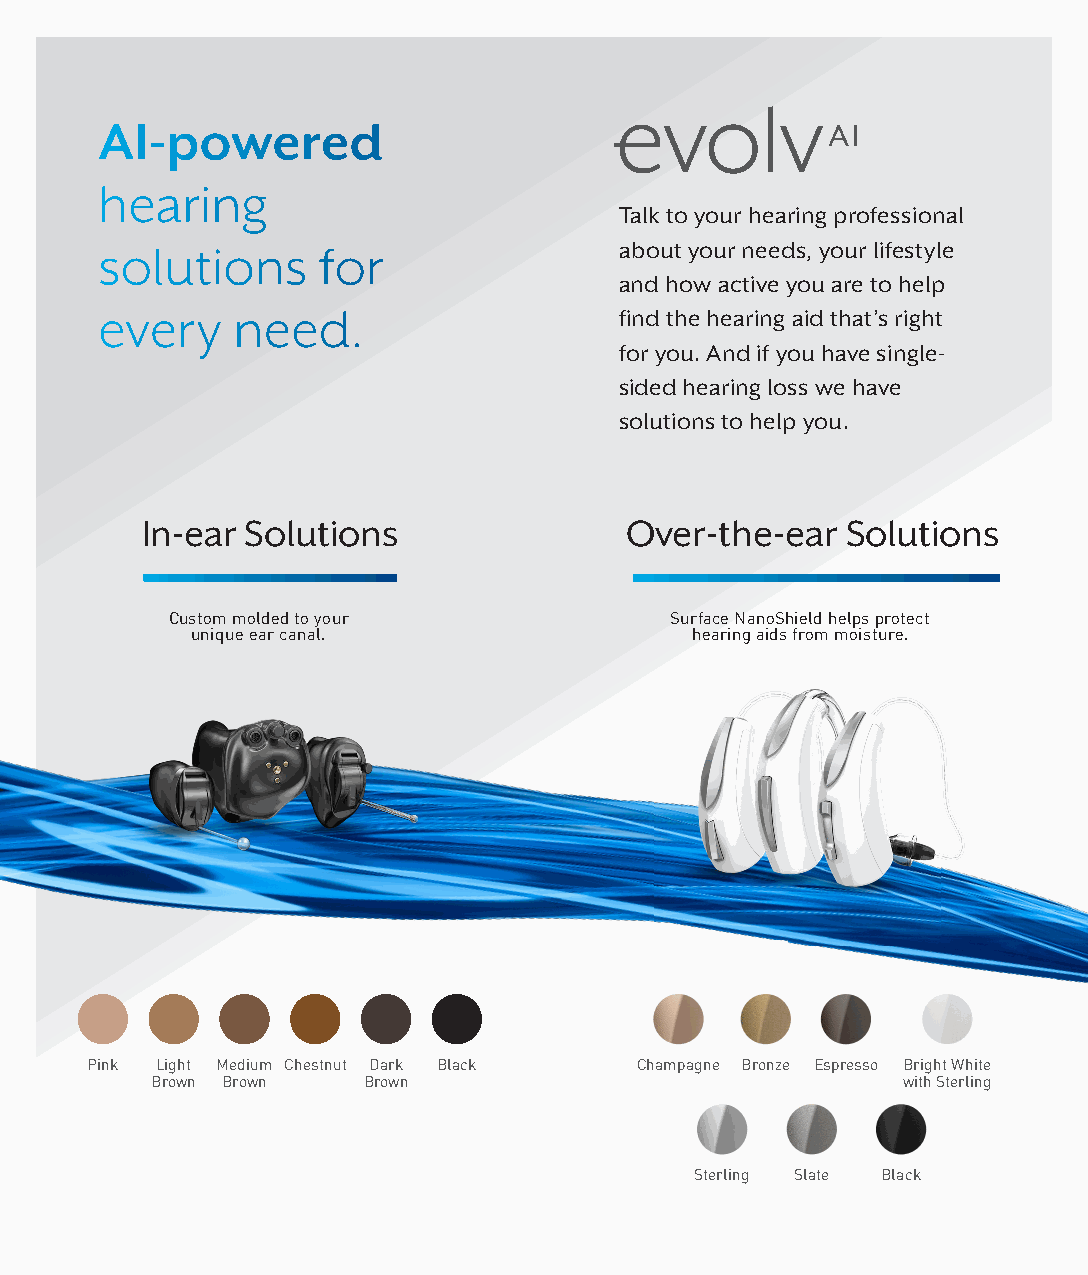
AI-powered
 hearing
 Talk to your hearing professional
 solutions     for                 about your needs, your lifestyle
 and how active you are to help
 every   need.                     find the hearing aid that’s right
 for you. And if you have single-
 sided hearing loss we have
 solutions to help you.
 In-ear Solutions                Over-the-ear   Solutions
 Custom molded to your            Surface NanoShield helps protect
 unique ear canal.                hearing aids from moisture.
 Pink Light Medium Chestnut Dark Black Champagne Bronze Espresso Bright White
 Brown Brown   Brown                               with Sterling
 Sterling Slate Black